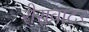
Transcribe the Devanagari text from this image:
रोसवाटर